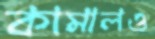
কামালও